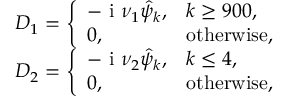
\begin{array} { r } { D _ { 1 } = \left\{ \begin{array} { l l } { - \textnormal { i } \nu _ { 1 } \hat { \psi } _ { k } , } & { k \ge 9 0 0 , } \\ { 0 , } & { \mathrm { o t h e r w i s e } , } \end{array} \right. } \\ { D _ { 2 } = \left\{ \begin{array} { l l } { - \textnormal { i } \nu _ { 2 } \hat { \psi } _ { k } , } & { k \le 4 , } \\ { 0 , } & { \mathrm { o t h e r w i s e } , } \end{array} \right. } \end{array}